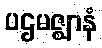
ပဌမဇ္ဈာနံ